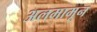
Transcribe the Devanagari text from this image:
अलमामून